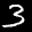
Label: 3